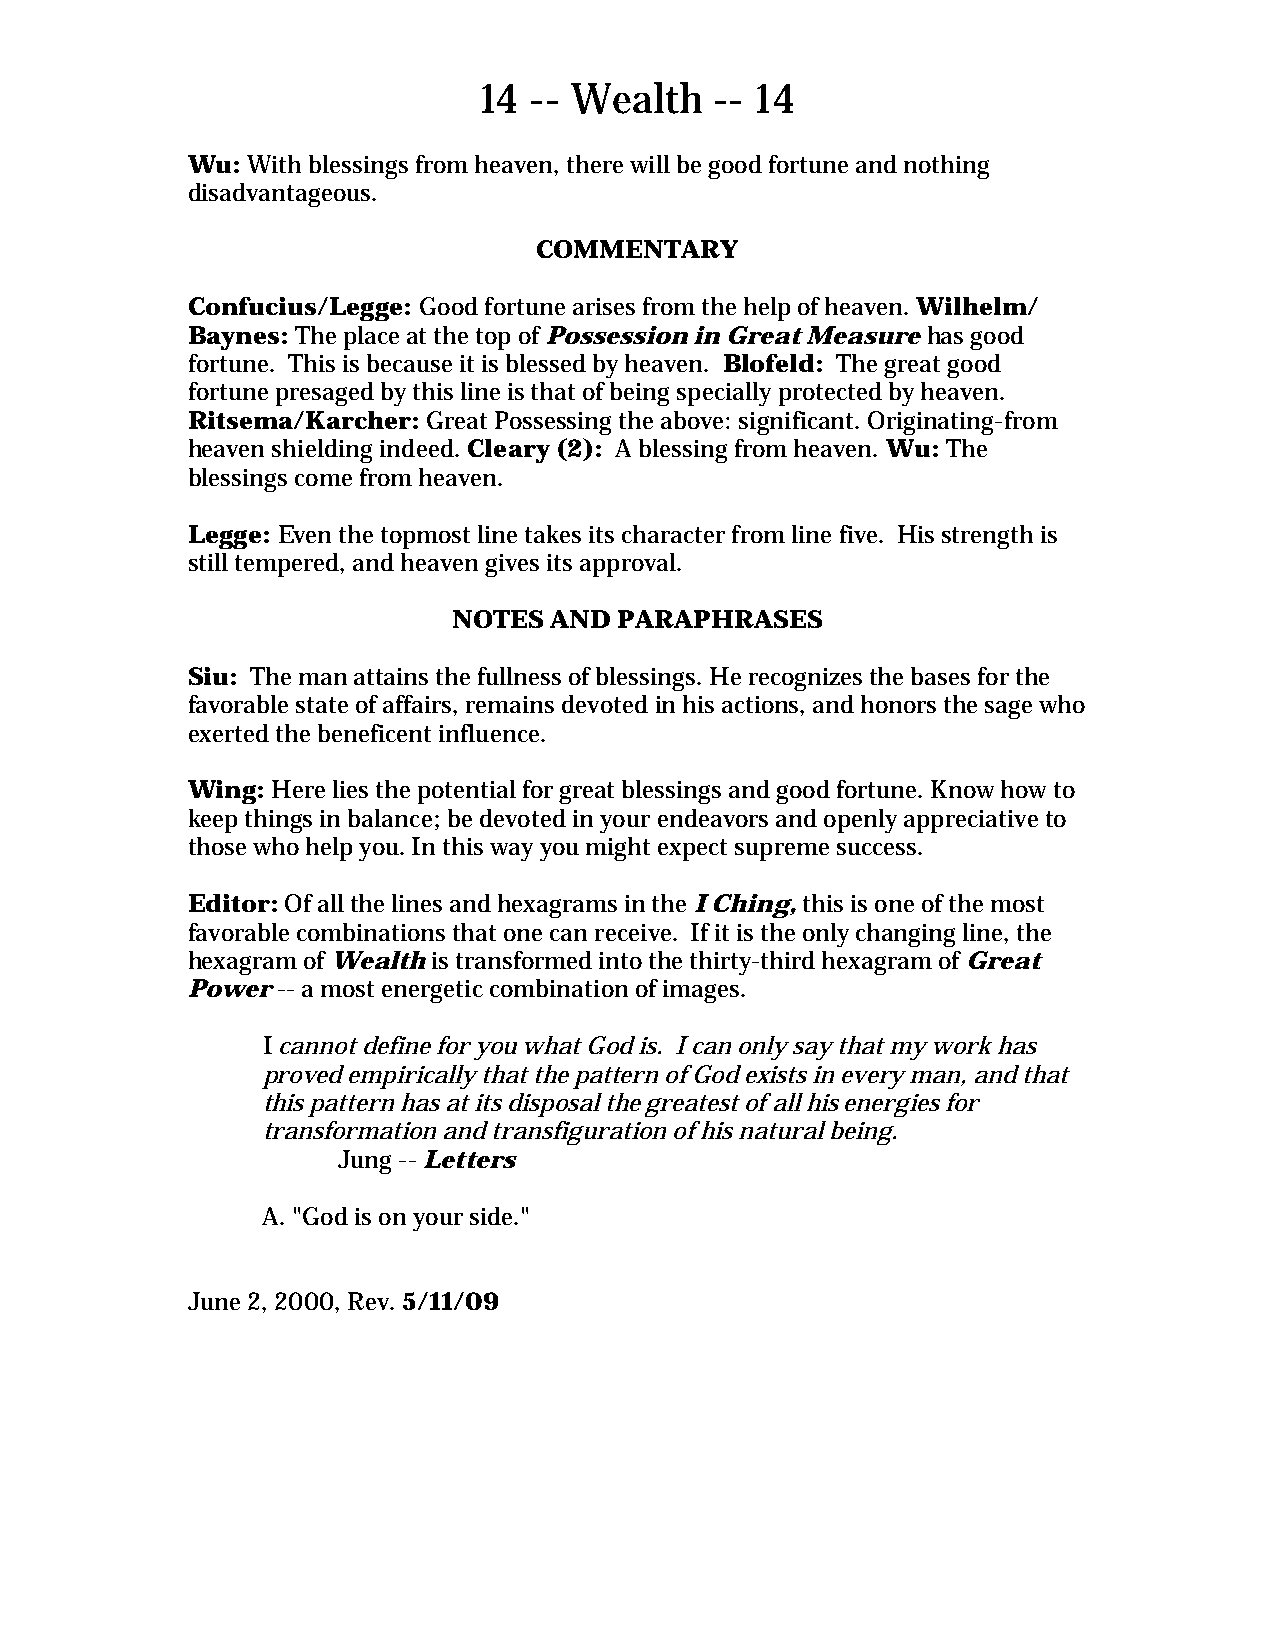
14 -- Wealth   -- 14
 Wu: With blessings from heaven, there will be good fortune and nothing
 disadvantageous.
 COMMENTARY
 Confucius/Legge: Good fortune arises from the help of heaven. Wilhelm/
 Baynes: The place at the top of Possession in Great Measure has good
 fortune. This is because it is blessed by heaven. Blofeld: The great good
 fortune presaged by this line is that of being specially protected by heaven.
 Ritsema/Karcher: Great Possessing the above: significant. Originating-from
 heaven shielding indeed. Cleary (2): A blessing from heaven. Wu: The
 blessings come from heaven.
 Legge: Even the topmost line takes its character from line five. His strength is
 still tempered, and heaven gives its approval.
 NOTES AND  PARAPHRASES
 Siu: The man attains the fullness of blessings. He recognizes the bases for the
 favorable state of affairs, remains devoted in his actions, and honors the sage who
 exerted the beneficent influence.
 Wing: Here lies the potential for great blessings and good fortune. Know how to
 keep things in balance; be devoted in your endeavors and openly appreciative to
 those who help you. In this way you might expect supreme success.
 Editor: Of all the lines and hexagrams in the I Ching, this is one of the most
 favorable combinations that one can receive. If it is the only changing line, the
 hexagram of Wealth is transformed into the thirty-third hexagram of Great
 Power -- a most energetic combination of images.
 I cannot define for you what God is. I can only say that my work has
 proved empirically that the pattern of God exists in every man, and that
 this pattern has at its disposal the greatest of all his energies for
 transformation and transfiguration of his natural being.
 Jung -- Letters
 A. "God is on your side."
 June 2, 2000, Rev. 5/11/09